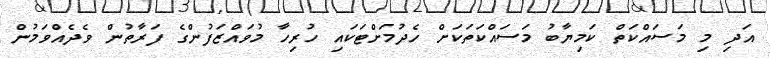
އަދި މި މަސައްކަތް ކަމިޔާބު މަސައްކަތަކަށް ހެދުމަށްޓަކައި ހުރިހާ މުވައްޒަފުންގެ ފަރާތުން ވެދެއްވަމުން